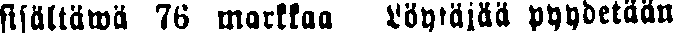
sisältäwä 76 markkaa Löytäjää pyydetään